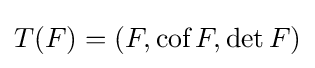
T(F)=(F,{\text{cof}}\,F,\det F)